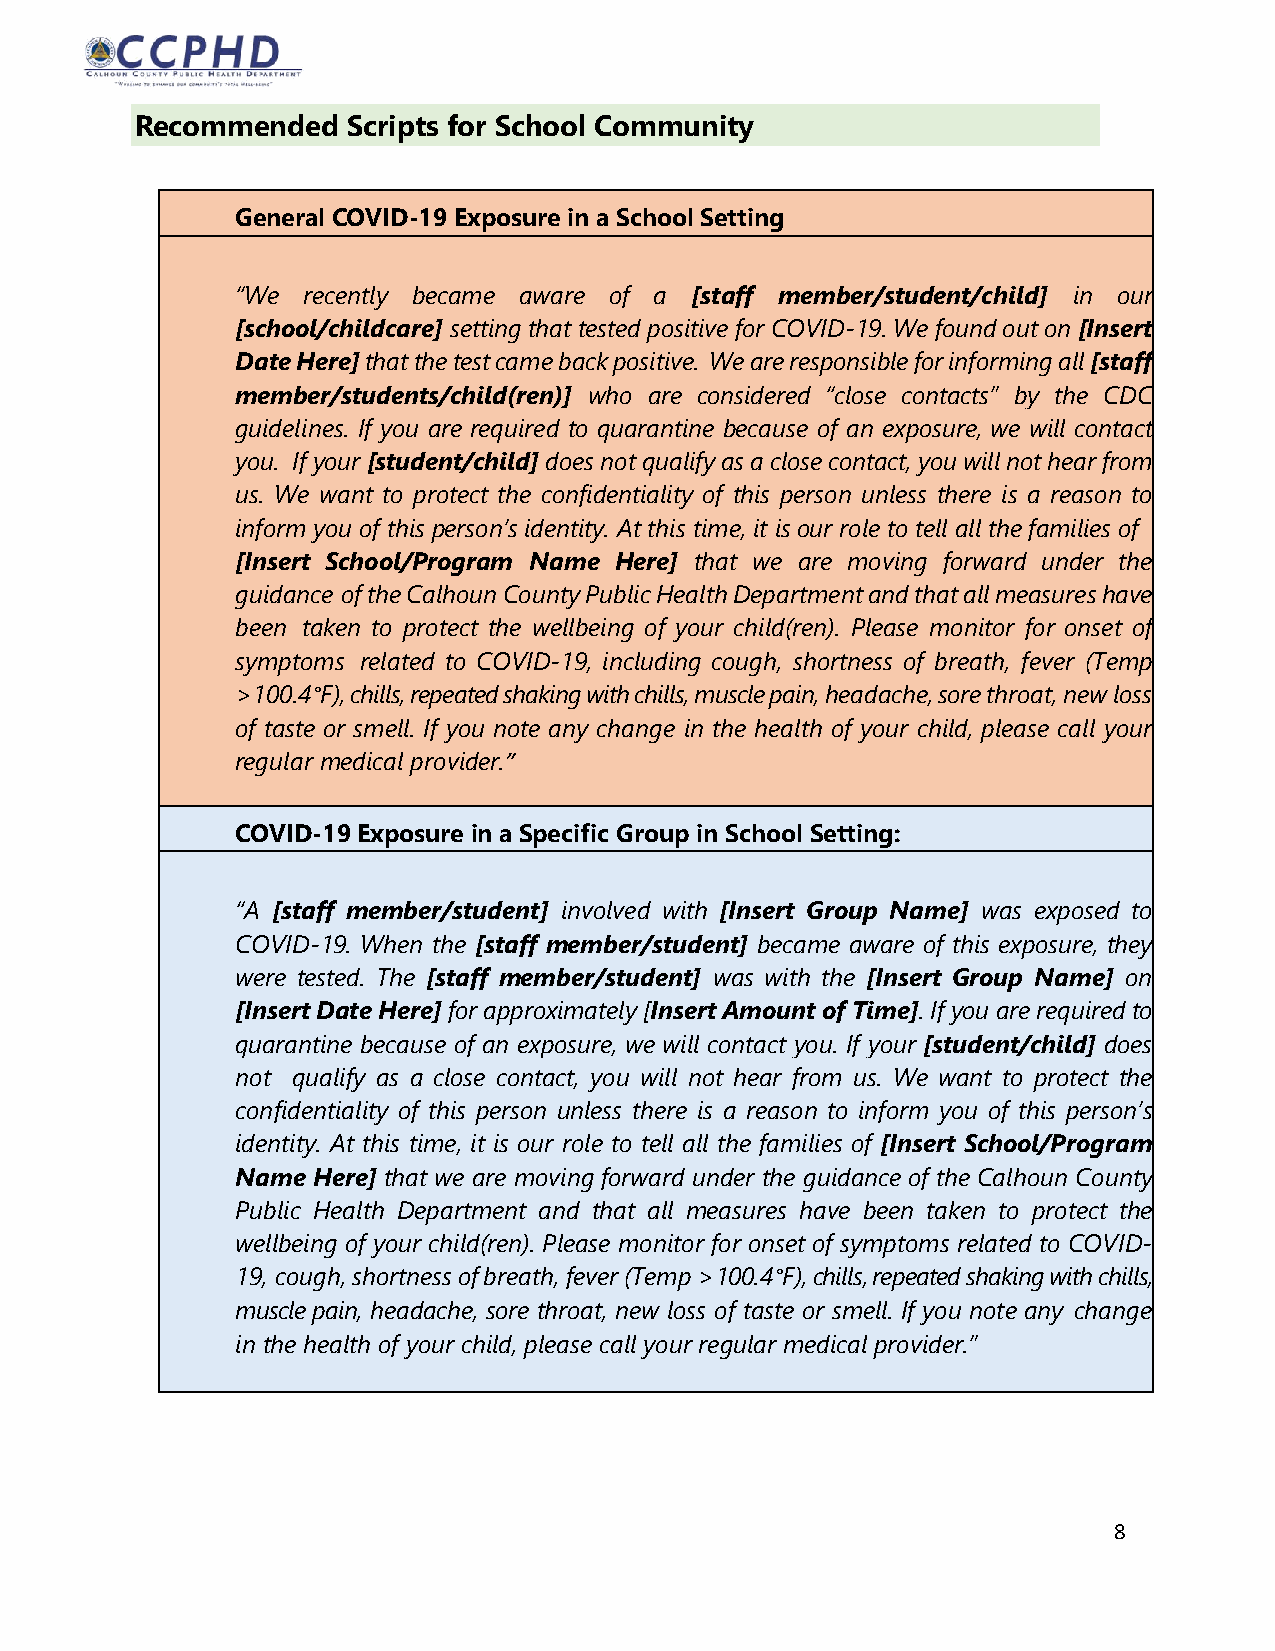
Recommended   Scripts for School Community
 General COVID-19 Exposure in a School Setting
 “We recently became aware of a [staff member/student/child] in our
 [school/childcare] setting that tested positive for COVID-19. We found out on [Insert
 Date Here] that the test came back positive. We are responsible for informing all [staff
 member/students/child(ren)] who are considered “close contacts” by the CDC
 guidelines. If you are required to quarantine because of an exposure, we will contact
 you. If your [student/child] does not qualify as a close contact, you will not hear from
 us. We want to protect the confidentiality of this person unless there is a reason to
 inform you of this person’s identity. At this time, it is our role to tell all the families of
 [Insert School/Program Name Here] that we are moving forward under the
 guidance of the Calhoun County Public Health Department and that all measures have
 been taken to protect the wellbeing of your child(ren). Please monitor for onset of
 symptoms related to COVID-19, including cough, shortness of breath, fever (Temp
 >100.4°F), chills, repeated shaking with chills, muscle pain, headache, sore throat, new loss
 of taste or smell. If you note any change in the health of your child, please call your
 regular medical provider.”
 medical provider.”
 COVID-19 Exposure in a Specific Group in School Setting:
 “A [staff member/student] involved with [Insert Group Name] was exposed to
 COVID-19. When the [staff member/student] became aware of this exposure, they
 were tested. The [staff member/student] was with the [Insert Group Name] on
 [Insert Date Here] for approximately [Insert Amount of Time]. If you are required to
 quarantine because of an exposure, we will contact you. If your [student/child] does
 not qualify as a close contact, you will not hear from us. We want to protect the
 confidentiality of this person unless there is a reason to inform you of this person’s
 identity. At this time, it is our role to tell all the families of [Insert School/Program
 Name Here] that we are moving forward under the guidance of the Calhoun County
 Public Health Department and that all measures have been taken to protect the
 wellbeing of your child(ren). Please monitor for onset of symptoms related to COVID-
 19, cough, shortness of breath, fever (Temp >100.4°F), chills, repeated shaking with chills,
 muscle pain, headache, sore throat, new loss of taste or smell. If you note any change
 in the health of your child, please call your regular medical provider.”
 8